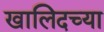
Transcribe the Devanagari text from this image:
खालिदच्या